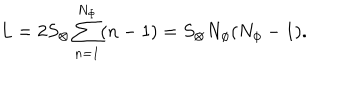
L = 2 S _ { \otimes } \sum _ { n = 1 } ^ { N _ { \Phi } } ( n - 1 ) = S _ { \otimes } N _ { \phi } ( N _ { \phi } - 1 ) .